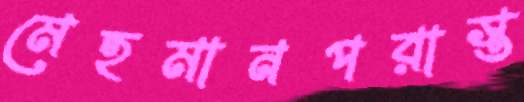
মেহমানপরাস্ত